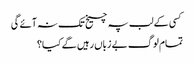
کسی کے لب پہ چیخ تک نہ آئے گی
تمام لوگ بے زباں رہیں گے کیا؟